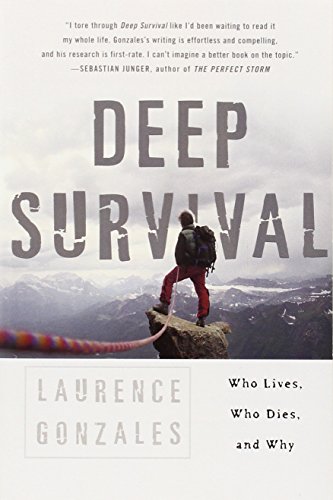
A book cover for Deep Survival: Who Lives, Who Dies, and Why; Laurence Gonzales; Science & Math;